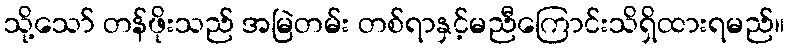
သို့သော် တန်ဖိုးသည် အမြဲတမ်း တစ်ရာနှင့်မညီကြောင်းသိရှိထားရမည်။